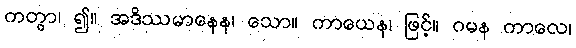
ကတွာ၊ ၍။ အဒိဿမာနေန၊ သော။ ကာယေန၊ ဖြင့်။ ဂမန ကာလေ၊